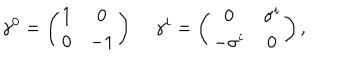
\gamma ^ { 0 } = \left( \begin{array} { c c } { { 1 } } & { { 0 } } \\ { { 0 } } & { { - 1 } } \\ \end{array} \right) \, \quad \gamma ^ { i } = \left( \begin{array} { c c } { { 0 } } & { { \sigma ^ { i } } } \\ { { - \sigma ^ { i } } } & { { 0 } } \\ \end{array} \right) ,